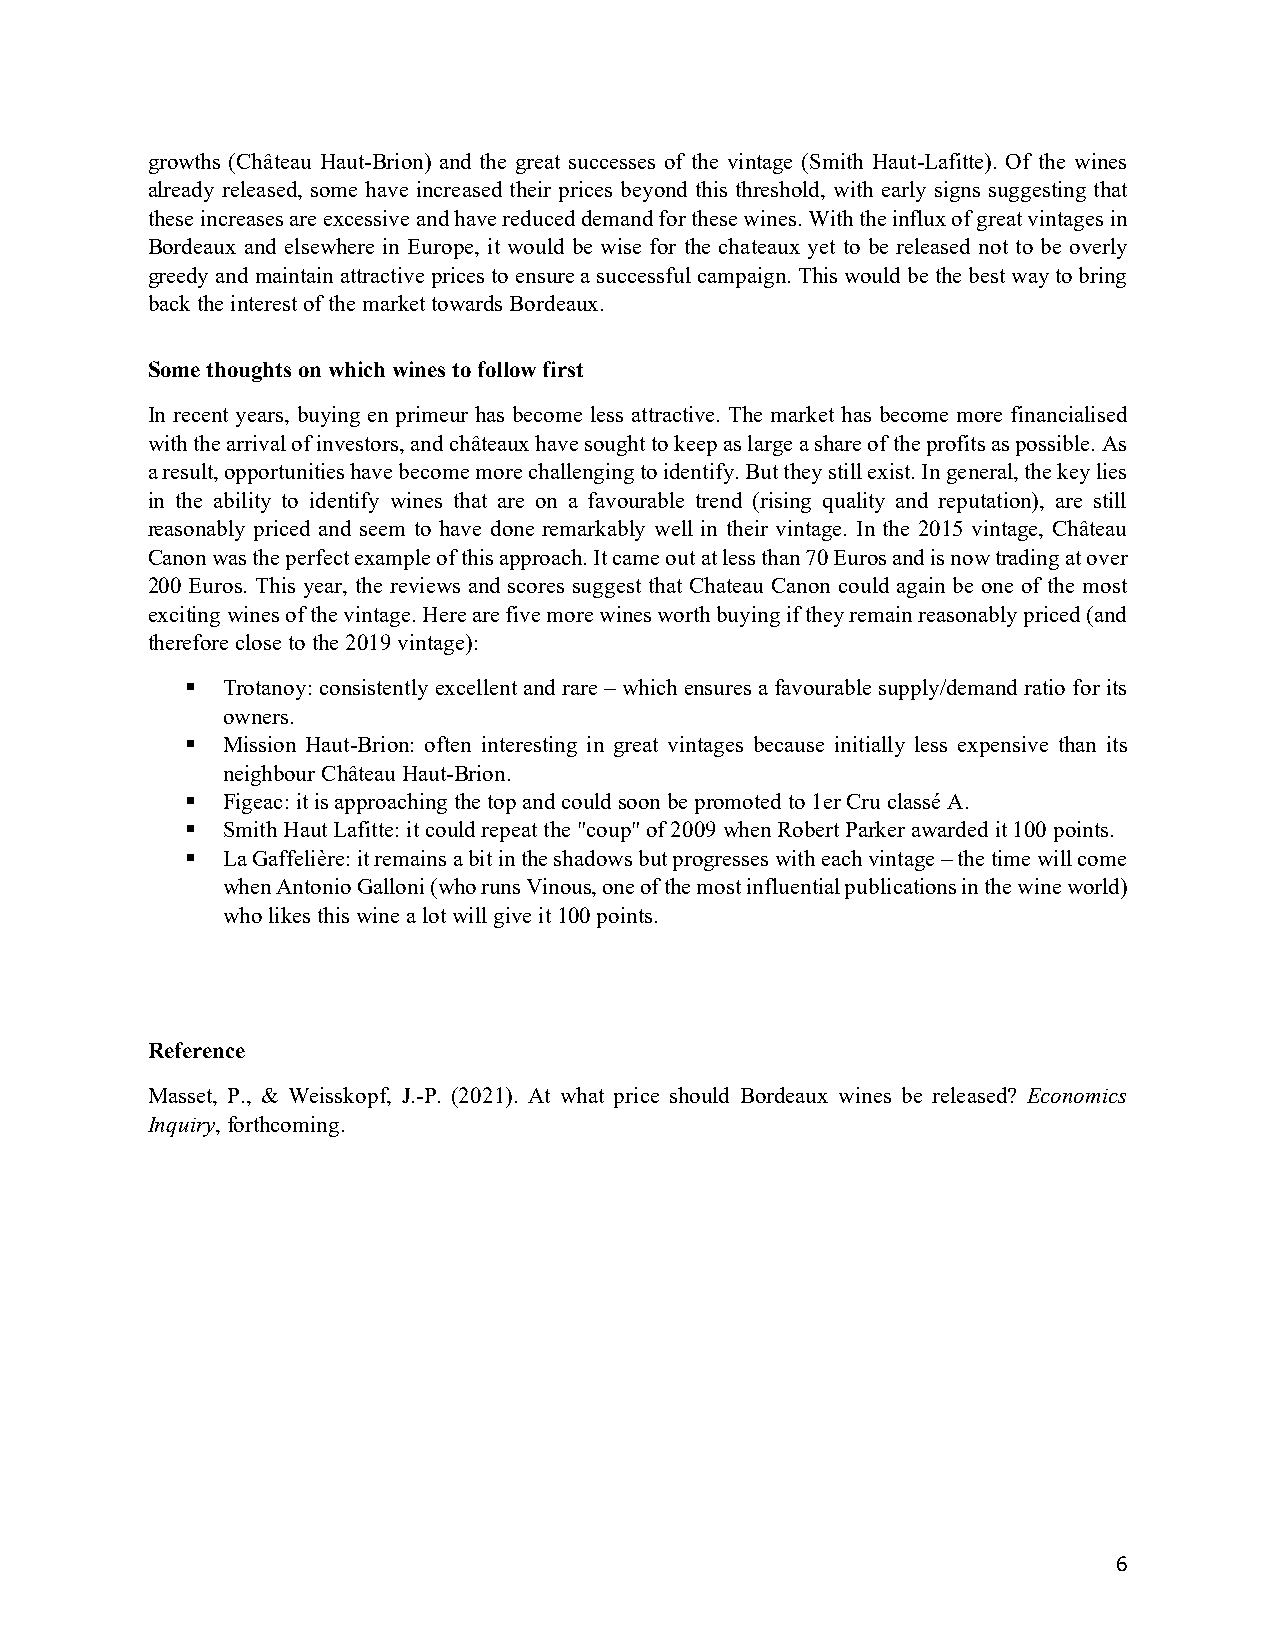
growths (Château Haut-Brion) and the great successes of the vintage (Smith Haut-Lafitte). Of the wines
 already released, some have increased their prices beyond this threshold, with early signs suggesting that
 these increases are excessive and have reduced demand for these wines. With the influx of great vintages in
 Bordeaux and elsewhere in Europe, it would be wise for the chateaux yet to be released not to be overly
 greedy and maintain attractive prices to ensure a successful campaign. This would be the best way to bring
 back the interest of the market towards Bordeaux.
 Some thoughts on which wines to follow first
 In recent years, buying en primeur has become less attractive. The market has become more financialised
 with the arrival of investors, and châteaux have sought to keep as large a share of the profits as possible. As
 a result, opportunities have become more challenging to identify. But they still exist. In general, the key lies
 in the ability to identify wines that are on a favourable trend (rising quality and reputation), are still
 reasonably priced and seem to have done remarkably well in their vintage. In the 2015 vintage, Château
 Canon was the perfect example of this approach. It came out at less than 70 Euros and is now trading at over
 200 Euros. This year, the reviews and scores suggest that Chateau Canon could again be one of the most
 exciting wines of the vintage. Here are five more wines worth buying if they remain reasonably priced (and
 therefore close to the 2019 vintage):
   Trotanoy: consistently excellent and rare – which ensures a favourable supply/demand ratio for its
 owners.
   Mission Haut-Brion: often interesting in great vintages because initially less expensive than its
 neighbour Château Haut-Brion.
   Figeac: it is approaching the top and could soon be promoted to 1er Cru classé A.
   Smith Haut Lafitte: it could repeat the "coup" of 2009 when Robert Parker awarded it 100 points.
   La Gaffelière: it remains a bit in the shadows but progresses with each vintage – the time will come
 when Antonio Galloni (who runs Vinous, one of the most influential publications in the wine world)
 who likes this wine a lot will give it 100 points.
 Reference
 Masset, P., & Weisskopf, J.-P. (2021). At what price should Bordeaux wines be released? Economics
 Inquiry, forthcoming.
 6